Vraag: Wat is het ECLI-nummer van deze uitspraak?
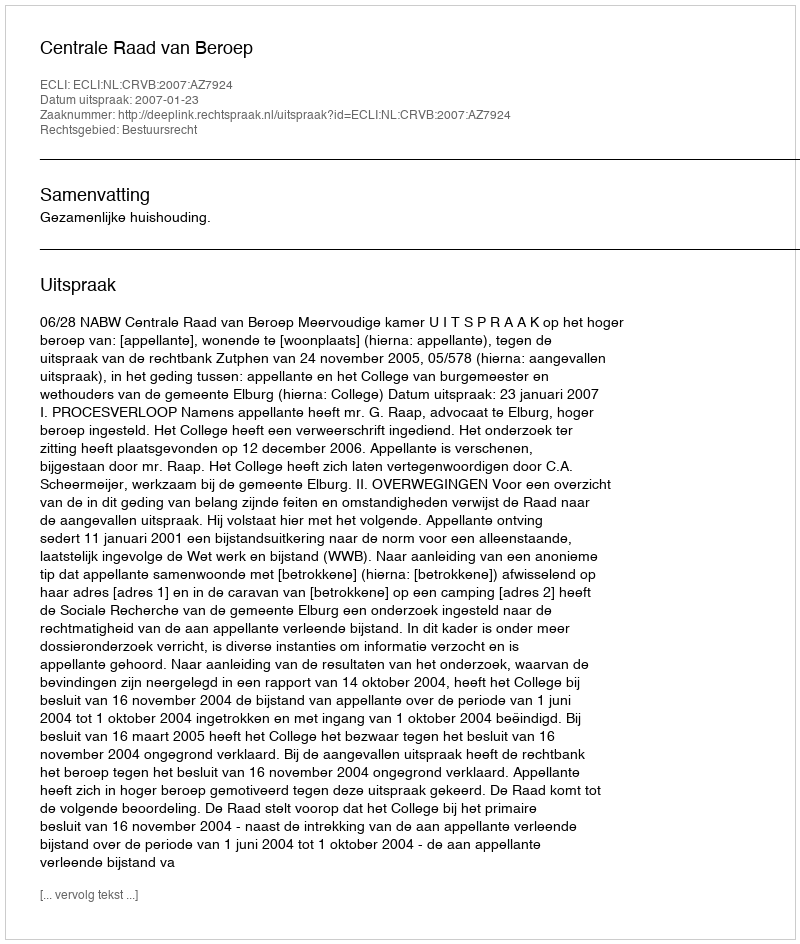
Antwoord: ECLI:NL:CRVB:2007:AZ7924